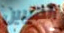
الطيبين